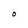
Character: O